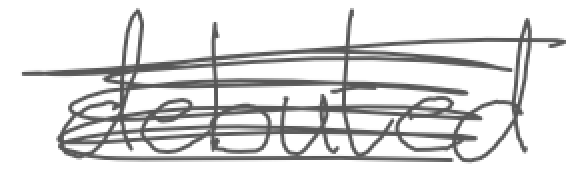
Text: debuted
Cross-out: scratch
Writing tool: digital_gray